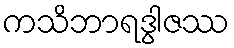
ကသိဘာရဒွါဇဿ